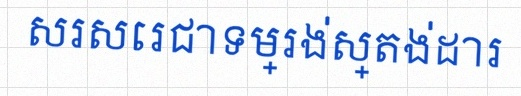
សរសេរជាទម្រង់ស្តង់ដារ